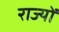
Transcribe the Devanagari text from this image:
राज्योंं